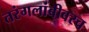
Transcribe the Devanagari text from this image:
तरंगलांबीवरच